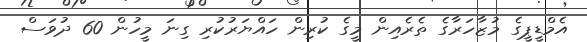
އެމްޑީޕީގެ މުޒާހަރާގެ ތެރެއިން މީގެ ކުރިން ހައްޔަރުކުރި ގިނަ މީހުން 60 ދުވަސް